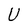
Character: U